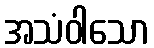
အသံဝါသော